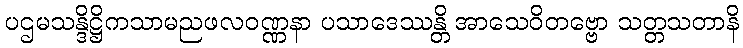
ပဌမသန္ဒိဋ္ဌိကသာမညဖလဝဏ္ဏနာ ပသာဒေဿန္တိ အာသေဝိတဗ္ဗော သတ္တသတာနိ